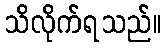
သိလိုက်ရသည်။